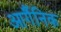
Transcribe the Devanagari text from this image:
आर्गैनिक